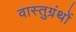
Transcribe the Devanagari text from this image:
वास्तुग्रंथों